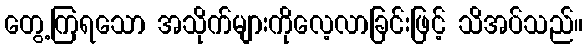
တွေ့ကြရသော အသိုက်များကိုလေ့လာခြင်းဖြင့် သိအပ်သည်။